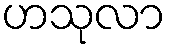
ဟသုလာ